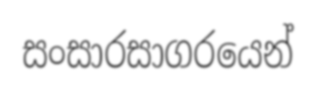
සංසාරසාගරයෙන්